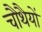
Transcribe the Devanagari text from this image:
चौथैयों